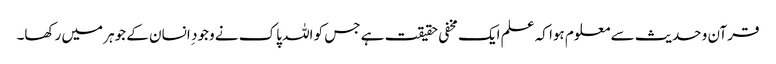
قرآن و حدیث سے معلوم ہوا کہ علم ایک مخفی حقیقت ہے جس کو اللہ پاک نے وجود ِ انسان کے جوہر میں رکھا۔